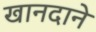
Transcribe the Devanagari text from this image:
खानदाने